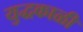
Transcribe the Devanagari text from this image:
युद्धकाळी